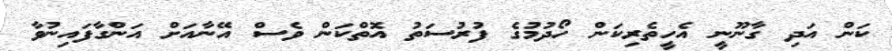
ކަން އަދި ގާނޫނީ އެހީތެރިކަން ހޯދުމުގެ ފުރުސަތު އޮތްކަން ވެސް އޭނާއަށް އަންގާފައިނުވާ